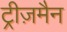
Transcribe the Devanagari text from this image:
ट्रीज़मैन